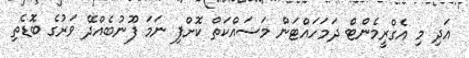
އަދި މި އެގްރީމެންޓް ދަމަހައްޓަން މަސައްކަތް ކޮށްފި ނަމަ ފޫނުބެއްދޭ ވަރުގެ ބޮޑެތި